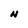
Character: N